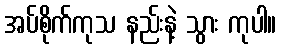
အပ်စိုက်ကုသ နည်းနဲ့ သွား ကုပါ။